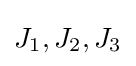
\displaystyle J_{1},J_{2},J_{3}